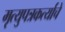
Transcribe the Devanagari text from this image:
मृत्युपत्रकर्त्याचे